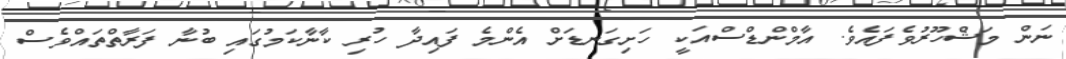
ނަން މަޝްހޫރުވެފައެވެ. އާމްންޑްސްއަކީ ހަށިގަނޑަށް އެންމެ ފައިދާ ހުރި ކާނާކަމުގައި ބުނާ ފަރާތްތައްވެސް